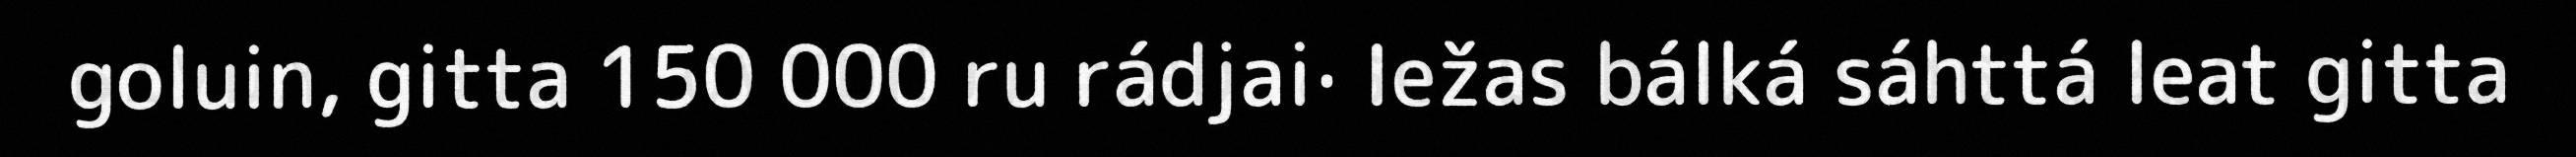
goluin, gitta 150 000 ru rádjai· Iežas bálká sáhttá leat gitta